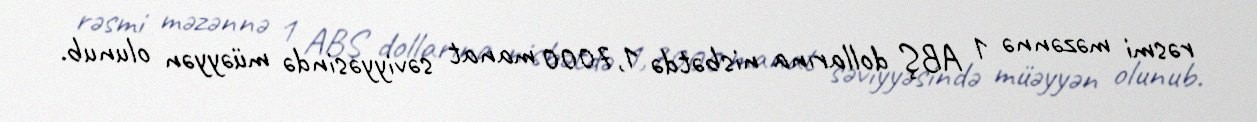
rəsmi məzənnə 1 ABŞ dollarına nisbətdə 1,7000 manat səviyyəsində müəyyən olunub.